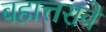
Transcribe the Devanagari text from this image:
बहात्तरावे